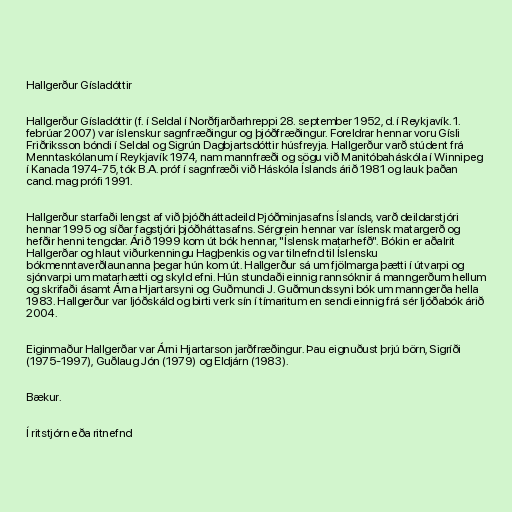
Hallgerður Gísladóttir

Hallgerður Gísladóttir (f. í Seldal í Norðfjarðarhreppi 28. september 1952, d. í Reykjavík. 1.
febrúar 2007) var íslenskur sagnfræðingur og þjóðfræðingur. Foreldrar hennar voru Gísli
Friðriksson bóndi í Seldal og Sigrún Dagbjartsdóttir húsfreyja. Hallgerður varð stúdent frá
Menntaskólanum í Reykjavík 1974, nam mannfræði og sögu við Manitóbaháskóla í Winnipeg
í Kanada 1974-75, tók B.A. próf í sagnfræði við Háskóla Íslands árið 1981 og lauk þaðan
cand. mag prófi 1991.

Hallgerður starfaði lengst af við þjóðháttadeild Þjóðminjasafns Íslands, varð deildarstjóri
hennar 1995 og síðar fagstjóri þjóðháttasafns. Sérgrein hennar var íslensk matargerð og
hefðir henni tengdar. Árið 1999 kom út bók hennar, "Íslensk matarhefð". Bókin er aðalrit
Hallgerðar og hlaut viðurkenningu Hagþenkis og var tilnefnd til Íslensku
bókmenntaverðlaunanna þegar hún kom út. Hallgerður sá um fjölmarga þætti í útvarpi og
sjónvarpi um matarhætti og skyld efni. Hún stundaði einnig rannsóknir á manngerðum hellum
og skrifaði ásamt Árna Hjartarsyni og Guðmundi J. Guðmundssyni bók um manngerða hella
1983. Hallgerður var ljóðskáld og birti verk sín í tímaritum en sendi einnig frá sér ljóðabók árið
2004.

Eiginmaður Hallgerðar var Árni Hjartarson jarðfræðingur. Þau eignuðust þrjú börn, Sigríði
(1975-1997), Guðlaug Jón (1979) og Eldjárn (1983).

Bækur.

Í ritstjórn eða ritnefnd